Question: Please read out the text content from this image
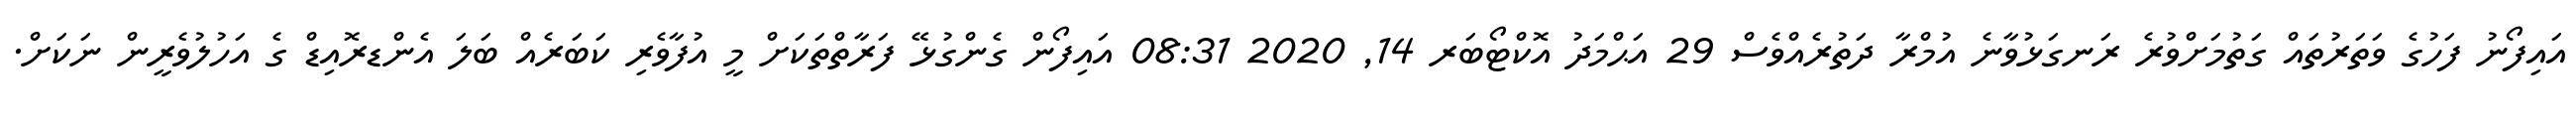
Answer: އައިފޯނު ފަހުގެ ވަތަރުތައް ގަތުމަށްވުރެ ރަނގަޅުވާނެ އުމްރާ ދަތުރެއްވެސް 29 އަޙްމަދު އޮކްޓޯބަރ 14, 2020 08:31 އައިފޯން ގެންގުޅޭ ފަރާތްތަކަށް މީ އުފާވެރި ކަބަރެއް ބަލަ އެންޑރޮއިޑް ގެ އަހުލުވެރީން ނަކަށް.